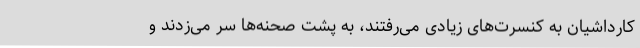
کارداشیان به کنسرت‌های زیادی می‌رفتند، به پشت صحنه‌ها سر می‌زدند و